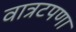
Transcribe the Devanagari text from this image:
वात्रटपणा